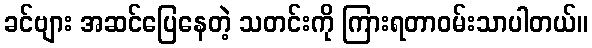
ခင်ဗျား အဆင်ပြေနေတဲ့ သတင်းကို ကြားရတာဝမ်းသာပါတယ်။